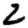
Digit: 2